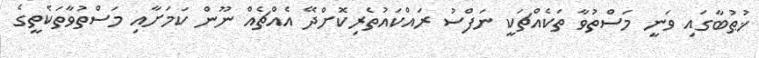
ޚުޠުބާގައި ވަނީ މަސްތުވާ ތަކެއްޗަކީ ނަފްސު ރައްކައުތެރިކޮށްދޭ އެއްޗެއް ނޫން ކަަމަށާއި މަސްތުވާތަކެތީގެ